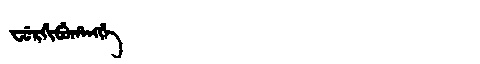
Manchu: ᠸᡠᡵᡤᡳᠪᡠᡥᠠᠩᡤᡝ
Romanization: FURGIBUHANGGE